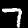
Label: 7